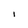
Character: I